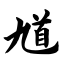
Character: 馗